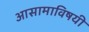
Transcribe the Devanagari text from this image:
आसामाविषयी